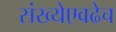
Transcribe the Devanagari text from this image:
संख्येएवढेच